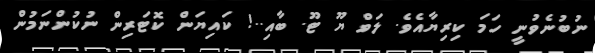
ނުބުނެވުނީ ހަމަ ކިރިޔާއެވެ. ލަވް ޔޫ ޓޫ. ބާއި..! ކައިޔަން ކޮޓަރިން ނުކުންނަމުން